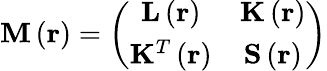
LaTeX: \mathbf{M}\left(\mathbf{r}\right)=\left(\begin{array}{cc}{\mathbf{L}\left(\mathbf{r}\right)}&{\mathbf{K}\left(\mathbf{r}\right)}\\ {\mathbf{K}^{T}\left(\mathbf{r}\right)}&{\mathbf{S}\left(\mathbf{r}\right)}\end{array}\right)